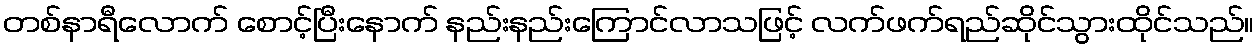
တစ်နာရီလောက် စောင့်ပြီးနောက် နည်းနည်းကြောင်လာသဖြင့် လက်ဖက်ရည်ဆိုင်သွားထိုင်သည်။